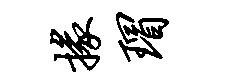
掾瑁